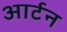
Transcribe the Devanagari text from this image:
आर्टन